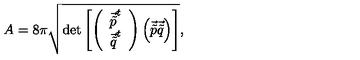
A = 8 \pi \sqrt { \mathrm { d e t } \left[ \left( \begin{array} { c } { \vec { \tilde { p } } ^ { t } } \\ { \vec { \tilde { q } } ^ { t } } \\ \end{array} \right) \left( \vec { \tilde { p } } \vec { \tilde { q } } \right) \right] } ,